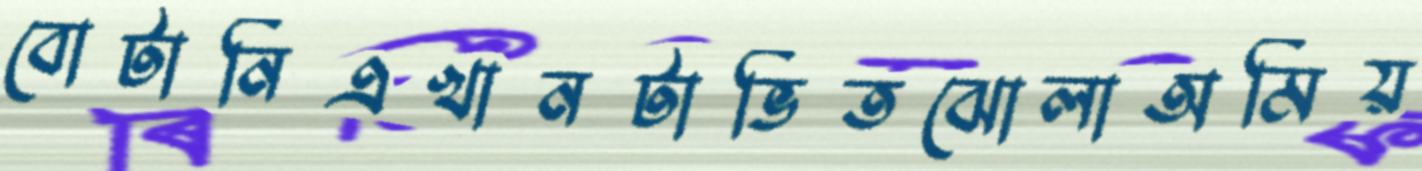
বোটানিএখানটাভিতঝোলাঅমিয়